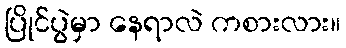
ပြိုင်ပွဲမှာ နေရာလဲ ကစားလား။